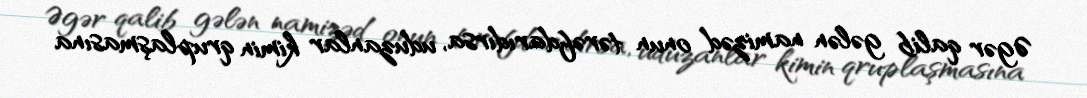
Əgər qalib gələn namizəd onun tərəfdarıdırsa, uduzanlar kimin qruplaşmasına